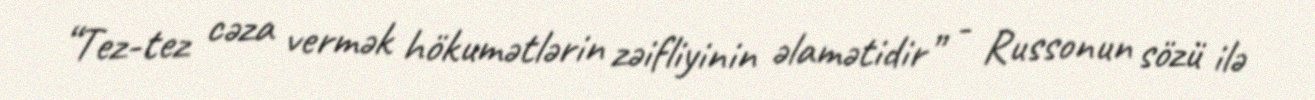
“Tez-tez cəza vermək hökumətlərin zəifliyinin əlamətidir” - Russonun sözü ilə